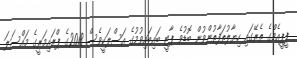
ޕީޕީއެމްގެ ތެރޭގައި ހިޔާލުތަފާތުންވުން ބޮޑުވެ ޕާޓީ ބައިބައިވުމުގެ އަސްލަކީވެސް 2018ގެ ޕްރައިމަރީގެ މައްސަލަ